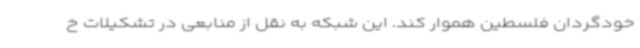
خودگردان فلسطین هموار کند. این شبکه به نقل از منابعی در تشکیلات خ